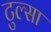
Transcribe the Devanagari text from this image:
टुल्‍सा